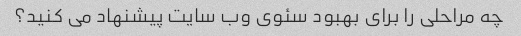
چه مراحلی را برای بهبود سئوی وب سایت پیشنهاد می کنید؟